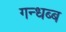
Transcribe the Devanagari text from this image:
गन्धब्ब